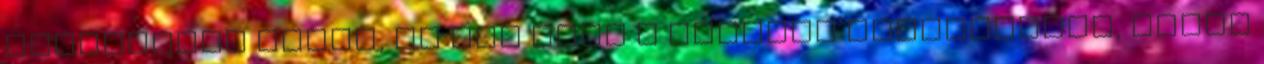
elérhetünk azzal, ha nem csak a szakmai kérdésekrôl, hanem